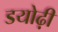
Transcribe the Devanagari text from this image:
डयोढ़ी